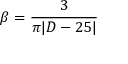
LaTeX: \beta = { \frac { 3 } { \pi | { \cal D } - 2 5 | } }